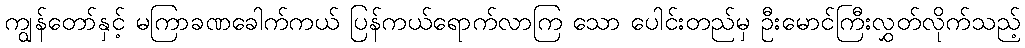
ကျွန်တော်နှင့် မကြာခဏခေါက်ကယ် ပြန်ကယ်ရောက်လာကြ သော ပေါင်းတည်မှ ဦးမောင်ကြီးလွှတ်လိုက်သည့်